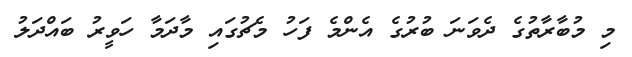
މި މުބާރާތުގެ ދެވަނަ ބުރުގެ އެންމެ ފަހު މެޗުގައި މާދަމާ ހަވީރު ބައްދަލު